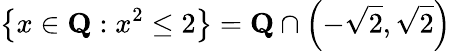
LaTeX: \left\{ x\in\mathbf{Q}:x^{2}\leq 2\right\} =\mathbf{Q}\cap\left(-{\sqrt{2}},{\sqrt{2}}\right)